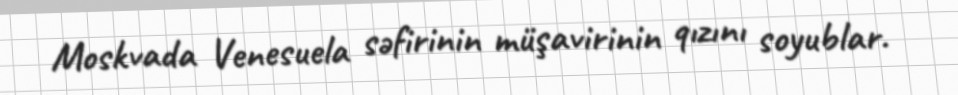
Moskvada Venesuela səfirinin müşavirinin qızını soyublar.